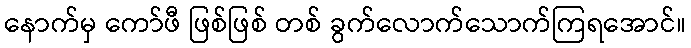
နောက်မှ ကော်ဖီ ဖြစ်ဖြစ် တစ် ခွက်လောက်သောက်ကြရအောင်။